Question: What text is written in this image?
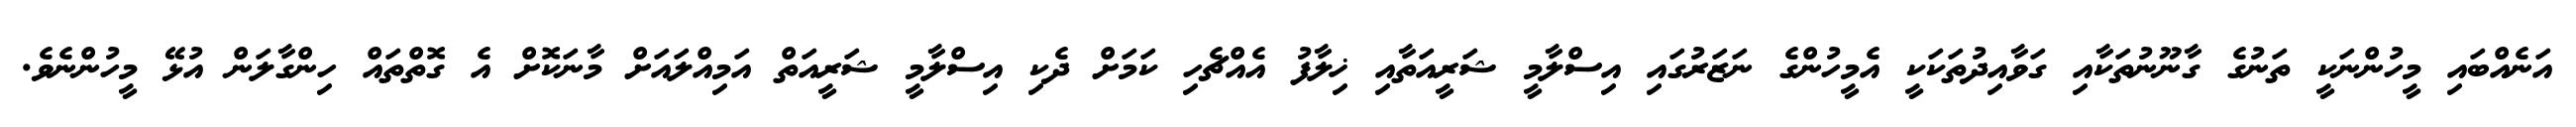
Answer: އަނެއްބައި މީހުންނަކީ ތަނުގެ ގާނޫނުތަކާއި ގަވާއިދުތަކަކީ އެމީހުންގެ ނަޒަރުގައި އިސްލާމީ ޝަރީއަތާއި ޚިލާފު އެއްޗެހި ކަމަށް ދެކި އިސްލާމީ ޝަރީއަތް އަމިއްލައަށް މާނަކޮށް އެ ގޮތްތައް ހިންގާލަން އުޅޭ މީހުންނެވެ.